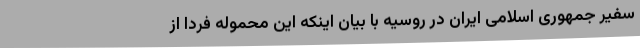
سفیر جمهوری اسلامی ایران در روسیه با بیان اینکه این محموله فردا از